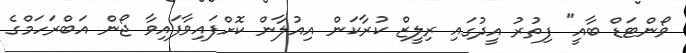
ވޯންޓަޑް ބާއީ" ފިތުރު އީދުގައި ރިލީޒް ކުރާކަން އިއުލާން ކޮށްފައިވާފައިވާ ޖޯން އަބްރަހަމްގެ